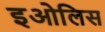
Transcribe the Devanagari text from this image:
इओलिस